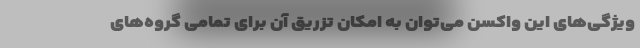
ویژگی‌های این واکسن می‌توان به امکان تزریق آن برای تمامی گروه‌های